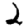
Digit: 2